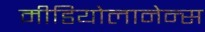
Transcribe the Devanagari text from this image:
मीडियोलानेन्स